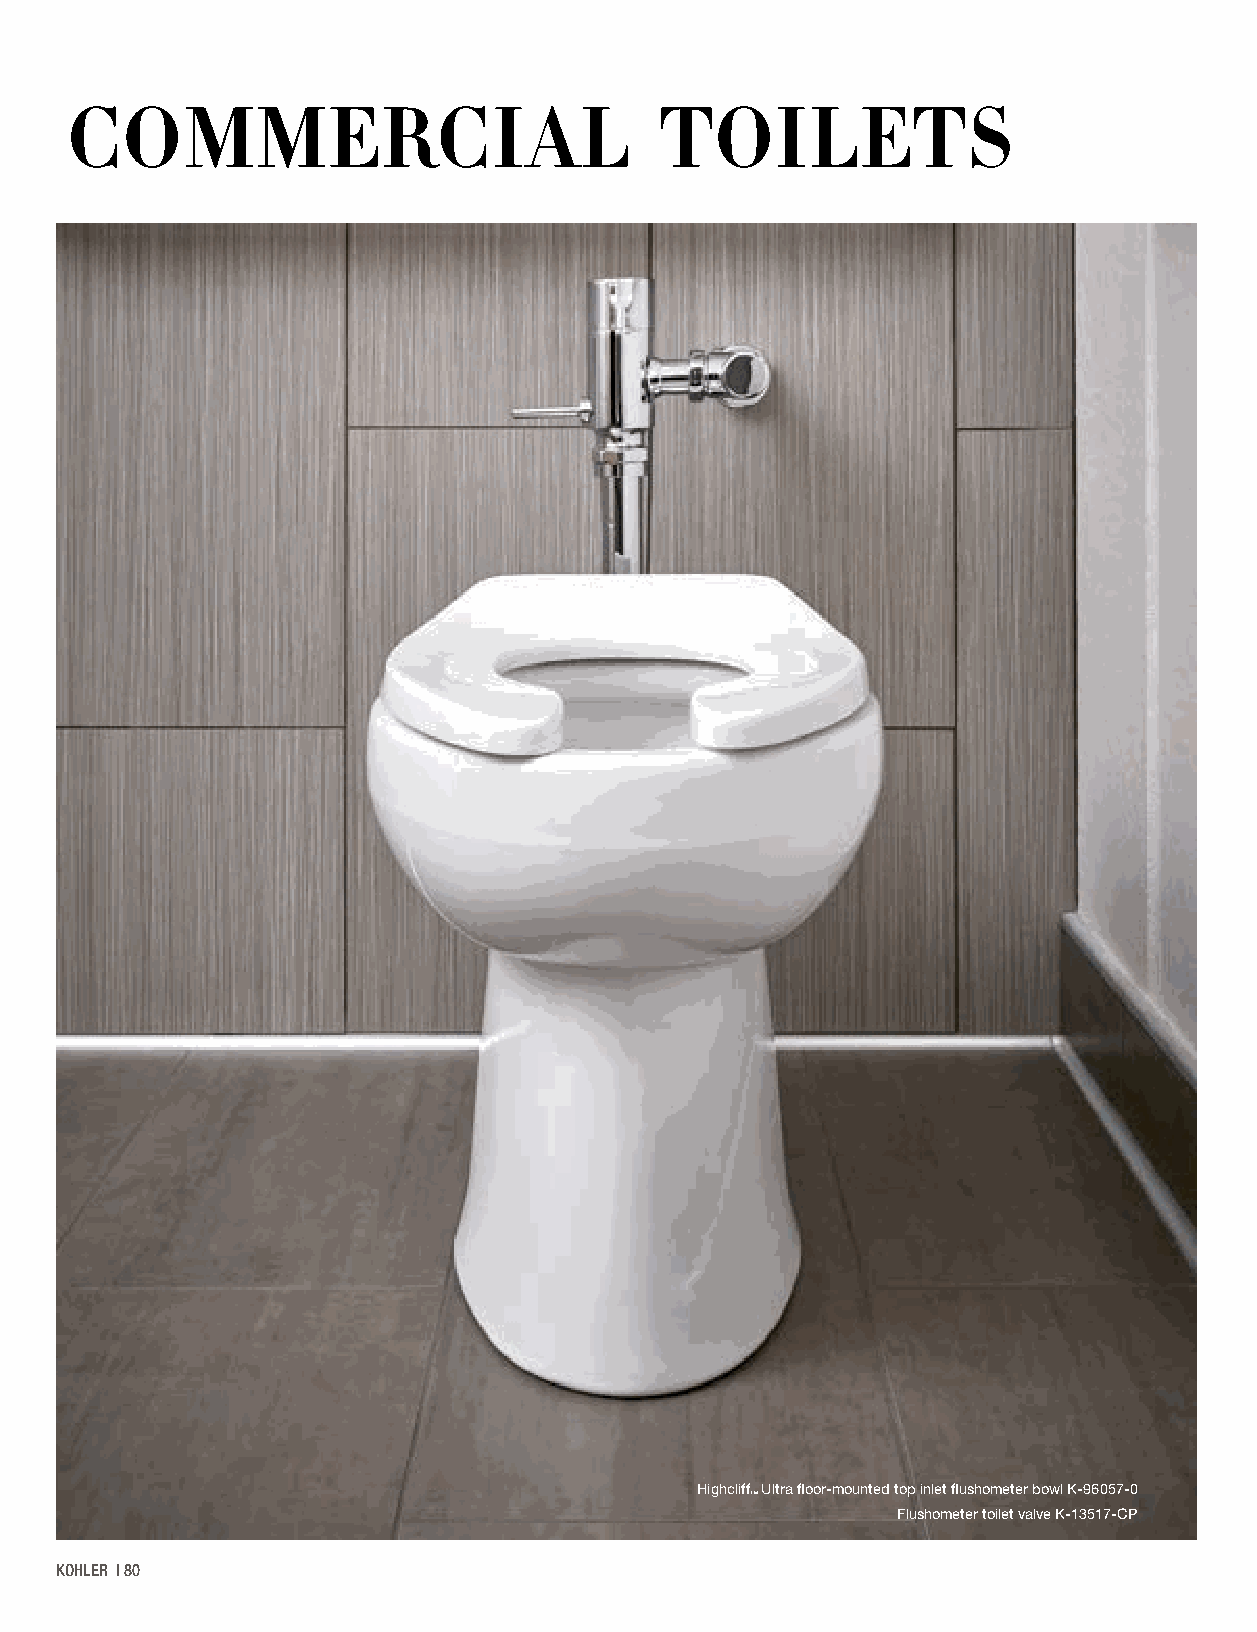
COMMERCIAL                              TOILETS
 Highcliff Ultra floor-mounted top inlet flushometer bowl K-96057-0
 ™
 Flushometer toilet valve K-13517-CP
 KOHLER | 80